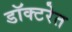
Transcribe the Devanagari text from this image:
डॉक्टरेत